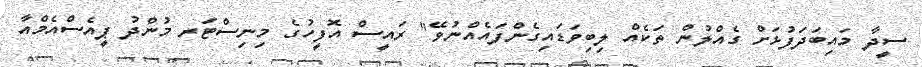
ސީދާ މައިބަދަފުޅަށް ގެއްލުން ތަކެއް ލިބިވަޑައިގެންފައެއްނުވޭ" ރައީސް އޮޮފީހުގެ މިނިސްޓަރ މުންދު ޕީއެސްއެމްއާ